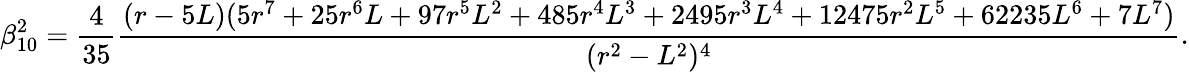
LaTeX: \beta_{10}^{2}=\frac{4}{35}\frac{(r-5L)(5r^{7}+25r^{6}L+97r^{5}L^{2}+485r^{4}L^{3}+2495r^{3}L^{4}+12475r^{2}L^{5}+62235L^{6}+7L^{7})}{(r^{2}-L^{2})^{4}}.